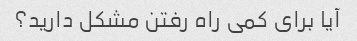
آیا برای کمی راه رفتن مشکل دارید؟